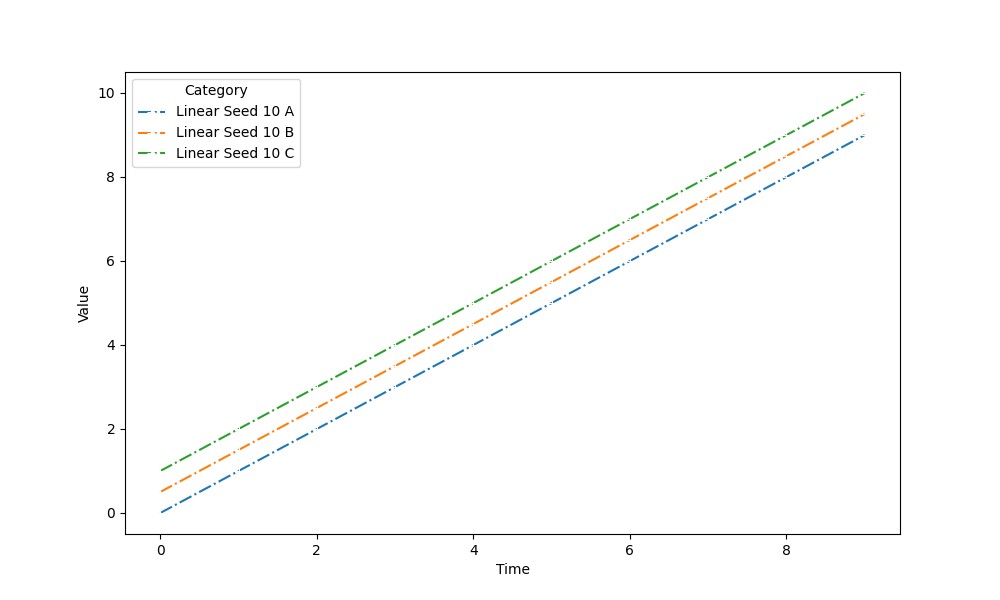
python, seaborn, lineplot, style='dashdot', marker='+'